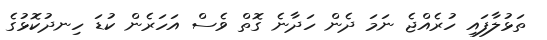
ތަޅުލާފައި ހުރެއްޖެ ނަމަ ދެން ހަދާނެ ގޮތް ވެސް އަހަރެން ކުޑަ ހިނދުކޮޅުގެ